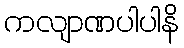
ကလျာဏပါပါနိ